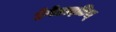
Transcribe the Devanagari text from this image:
हेपेटाइटिस्